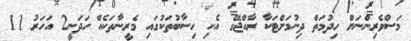
މަސްވެރިންނަށް ހިދުމަތް ދިނުމަށްޓަކާ ރާއްޖޭގެ އެކި ހިސާބުތަކުގައި މެރީނާތަކެއް ހަދަނީ2 އަހަރު 11